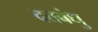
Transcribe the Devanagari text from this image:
दत्तबंधु